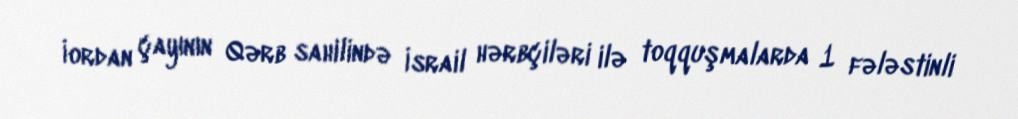
İordan çayının Qərb sahilində İsrail hərbçiləri ilə toqquşmalarda 1 fələstinli